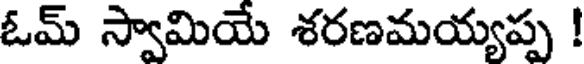
ఓమ్ స్వామియే శరణమయ్యప్ప !